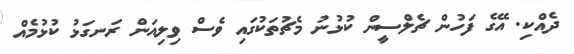
ދެއްކި. އޭގެ ފަހުން ޗެލްސީން ކުޅުނު މެޗުތަކުގައި ވެސް ވިލިއަން ރަނގަޅު ކުޅުމެއް